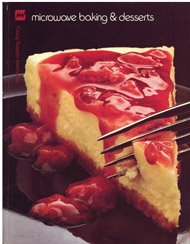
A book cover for Microwave Baking and Desserts (Microwave Cooking Library); Barbara Methven; Cookbooks, Food & Wine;